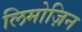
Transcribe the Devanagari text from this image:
लिमोज़िन